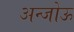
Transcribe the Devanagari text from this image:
अन्जोऊ